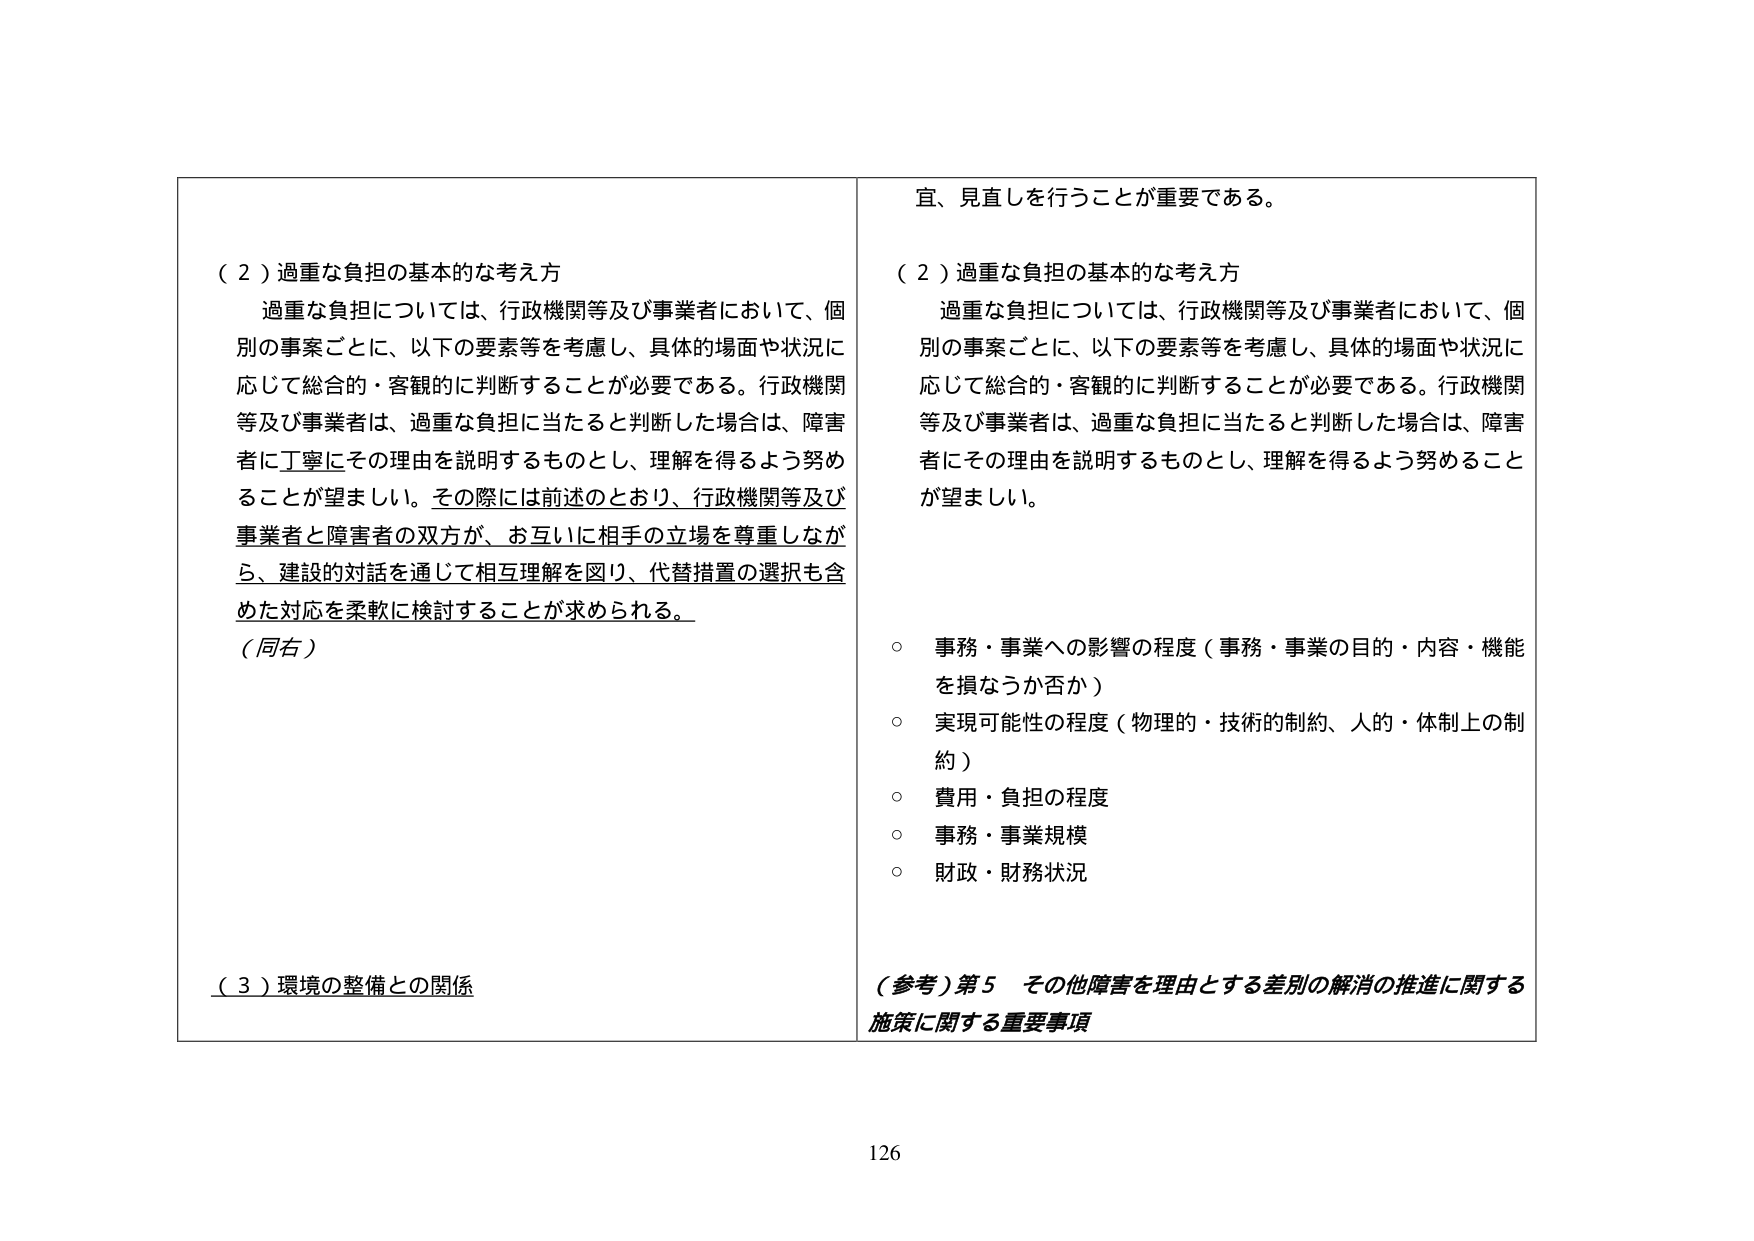
宜、見直しを行うことが重要である。

（２）過重な負担の基本的な考え方
　過重な負担については、行政機関等及び事業者において、個別の事案ごとに、以下の要素等を考慮し、具体的場面や状況に応じて総合的・客観的に判断することが必要である。行政機関等及び事業者は、過重な負担に当たると判断した場合は、障害者に丁寧にその理由を説明するものとし、理解を得るよう努めることが望ましい。その際には前述のとおり、行政機関等及び事業者と障害者の双方が、お互いに相手の立場を尊重しながら、建設的対話を通じて相互理解を図り、代替措置の選択も含めた対応を柔軟に検討することが求められる。
（同右）

（３）環境の整備との関係

（２）過重な負担の基本的な考え方
　過重な負担については、行政機関等及び事業者において、個別の事案ごとに、以下の要素等を考慮し、具体的場面や状況に応じて総合的・客観的に判断することが必要である。行政機関等及び事業者は、過重な負担に当たると判断した場合は、障害者にその理由を説明するものとし、理解を得るよう努めることが望ましい。

○ 事務・事業への影響の程度（事務・事業の目的・内容・機能を損なうか否か）
○ 実現可能性の程度（物理的・技術的制約、人的・体制上の制約）
○ 費用・負担の程度
○ 事務・事業規模
○ 財政・財務状況

（参考）第５ その他障害を理由とする差別の解消の推進に関する施策に関する重要事項

126